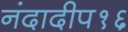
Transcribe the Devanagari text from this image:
नंदादीप१६